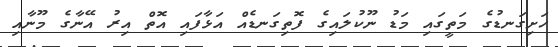
ހަށިގަނޑުގެ މަތީގައި މަޑު ނޫކުލައިގެ ފޮތިގަނޑެއް އަޅާފައި އޮތް އިރު އޭނާގެ މޫނާއި